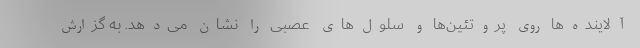
آلاینده‌ها روی پروتئین‌ها و سلول‌های عصبی را نشان می‌دهد. به گزارش